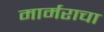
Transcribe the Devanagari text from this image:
मार्मराचा